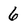
Character: 6